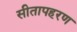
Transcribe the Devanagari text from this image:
सीतापहरण